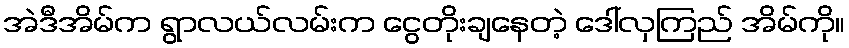
အဲဒီအိမ်က ရွာလယ်လမ်းက ငွေတိုးချနေတဲ့ ဒေါ်လှကြည် အိမ်ကို။